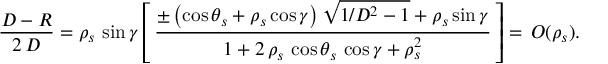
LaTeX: \frac { { \cal D } - { \cal R } } { 2 \, { \cal D } } = \rho _ { s } \, \sin \gamma \left[ \, \frac { \pm \left( \cos \theta _ { s } + \rho _ { s } \cos \gamma \right) \sqrt { 1 / { \cal D } ^ { 2 } - 1 } + \rho _ { s } \sin \gamma } { 1 + 2 \, \rho _ { s } \, \cos \theta _ { s } \, \cos \gamma + \rho _ { s } ^ { 2 } } \, \right] = \, { \cal O } ( \rho _ { s } ) .